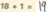
1 8 + 1 = 1 9